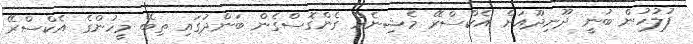
ފުލުހުން ބުނީ ދޫނިދޫއަށް އެކްސްރޭ މެޝިނެއް ގެންގޮސްގެން ބަންދުގައި ތިބޭ މީހުންގެ އެކްސްރޭ